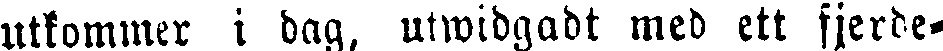
utkommer i dag, utwidgadt med ett fjerde-